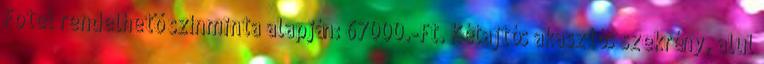
Fotel rendelhető színminta alapján: 67000.-Ft. Kétajtós akasztós szekrény, alul